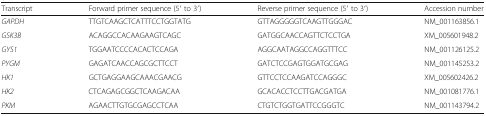
<table><thead><tr><td><b>Transcript</b></td><td><b>Forward primer sequence (5′ to 3′)</b></td><td><b>Reverse primer sequence (5′ to 3′)</b></td><td><b>Accession number</b></td></tr></thead><tbody><tr><td><i>GAPDH</i></td><td>TTGTCAAGCTCATTTCCTGGTATG</td><td>GTTAGGGGGTCAAGTTGGGAC</td><td>NM_001163856.1</td></tr><tr><td><i>GSK3B</i></td><td>ACAGGCCACAAGAAGTCAGC</td><td>GATGGCAACCAGTTCTCCTGA</td><td>XM_005601948.2</td></tr><tr><td><i>GYS1</i></td><td>TGGAATCCCCACACTCCAGA</td><td>AGGCAATAGGCCAGGTTTCC</td><td>NM_001126125.2</td></tr><tr><td><i>PYGM</i></td><td>GAGATCAACCAGCGCTTCCT</td><td>GATCTCCGAGTGGATGCGAG</td><td>NM_001145253.2</td></tr><tr><td><i>HK1</i></td><td>GCTGAGGAAGCAAACGAACG</td><td>GTTCCTCCAAGATCCAGGGC</td><td>XM_005602426.2</td></tr><tr><td><i>HK2</i></td><td>CTCAGAGCGGCTCAAGACAA</td><td>GCACACCTCCTTGACGATGA</td><td>NM_001081776.1</td></tr><tr><td><i>PKM</i></td><td>AGAACTTGTGCGAGCCTCAA</td><td>CTGTCTGGTGATTCCGGGTC</td><td>NM_001143794.2</td></tr></tbody></table>